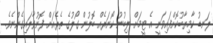
ލަނޑު ކާމިޔާބުކޮށްފައިވަނީ އެ ޓީމަށް ލިބުނު ކޯނަރެއް ބޮލުން ގޯލުގެ ތެރެއަށް ފޮނުވާލައިގެންނެވެ.